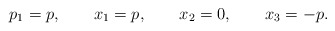
\begin{align*}p_1=p, \qquad x_1=p, \qquad x_2=0, \qquad x_3=-p. \end{align*}